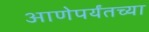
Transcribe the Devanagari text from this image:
आणेपर्यंतच्या